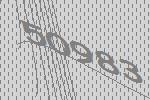
50983